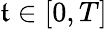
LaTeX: \mathfrak{t}\in[0,T]